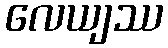
လေယျဿ